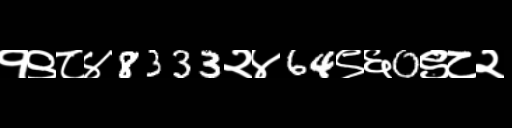
Text: १९८४8333२४64९६0९८२